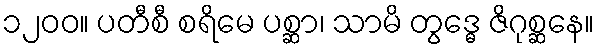
၁၂၀၀။ ပတီစီ စရိမေ ပစ္ဆာ၊ သာမိ တွဒ္ဓေ ဇိဂုစ္ဆနေ။